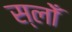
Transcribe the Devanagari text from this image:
स्लोँ